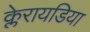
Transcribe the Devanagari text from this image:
क्लेरायडिया